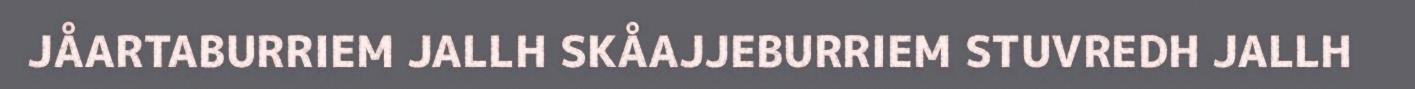
JÅARTABURRIEM JALLH SKÅAJJEBURRIEM STUVREDH JALLH